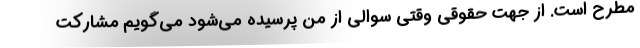
مطرح است. از جهت حقوقی وقتی سوالی از من پرسیده می‌شود می‌گویم مشارکت